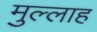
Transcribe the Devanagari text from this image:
मुल्‍लाह